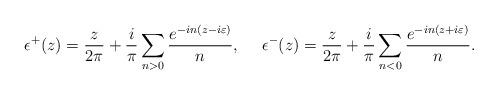
LaTeX: \begin{align*}\epsilon^+(z)=\frac{z}{2\pi}+\frac{i}{\pi}\sum_{n>0}\frac{e^{-in(z-i\varepsilon)}}{n},~~~~\epsilon^-(z)=\frac{z}{2\pi}+\frac{i}{\pi}\sum_{n<0}\frac{e^{-in(z+i\varepsilon)}}{n}.\end{align*}